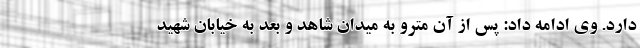
دارد. وی ادامه داد: پس از آن مترو به میدان شاهد و بعد به خیابان شهید